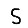
Digit: 5